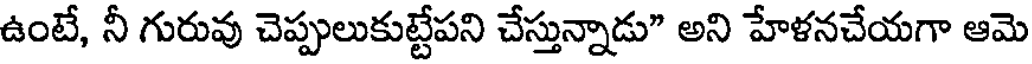
ఉంటే, నీ గురువు చెప్పులుకుట్టేపని చేస్తున్నాడు" అని హేళనచేయగా ఆమె